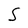
Character: S